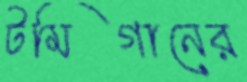
টমিগানের